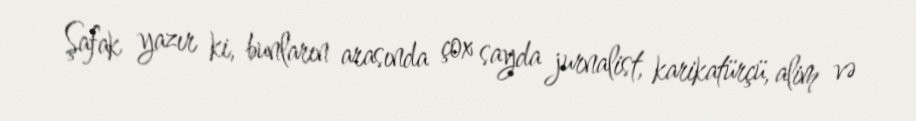
Şafak yazır ki, bunların arasında çox sayda jurnalist, karikatürçü, alim və